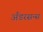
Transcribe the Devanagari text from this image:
अँडरसन्स